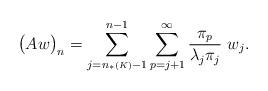
LaTeX: \begin{align*}\big( A w\big)_n=\sum_{j=n_*{\scriptscriptstyle (K)} -1} ^{n-1}\sum_{p=j+1}^{\infty} \frac{ \pi_{p}}{\lambda_{j}\pi_{j}} \ w_j.\end{align*}